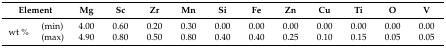
<table><thead><tr><td colspan="2"><b>Element</b></td><td><b>Mg</b></td><td><b>Sc</b></td><td><b>Zr</b></td><td><b>Mn</b></td><td><b>Si</b></td><td><b>Fe</b></td><td><b>Zn</b></td><td><b>Cu</b></td><td><b>Ti</b></td><td><b>O</b></td><td><b>V</b></td></tr></thead><tbody><tr><td rowspan="2">wt %</td><td>(min)</td><td>4.00</td><td>0.60</td><td>0.20</td><td>0.30</td><td>0.00</td><td>0.00</td><td>0.00</td><td>0.00</td><td>0.00</td><td>0.00</td><td>0.00</td></tr><tr><td>(max)</td><td>4.90</td><td>0.80</td><td>0.50</td><td>0.80</td><td>0.40</td><td>0.40</td><td>0.25</td><td>0.10</td><td>0.15</td><td>0.05</td><td>0.05</td></tr></tbody></table>